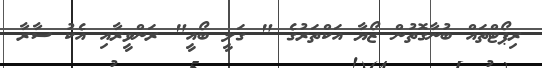
ރިޕޯޓްތައް ބުނާގޮތުން ޒޯޔާ އަކްތަރުގެ " ގަލީ ބޯއީ" ރަންވީރާއި އެކު ސާރާ